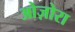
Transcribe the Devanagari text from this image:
ओज़ोरा